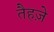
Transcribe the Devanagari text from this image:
तैहज़े